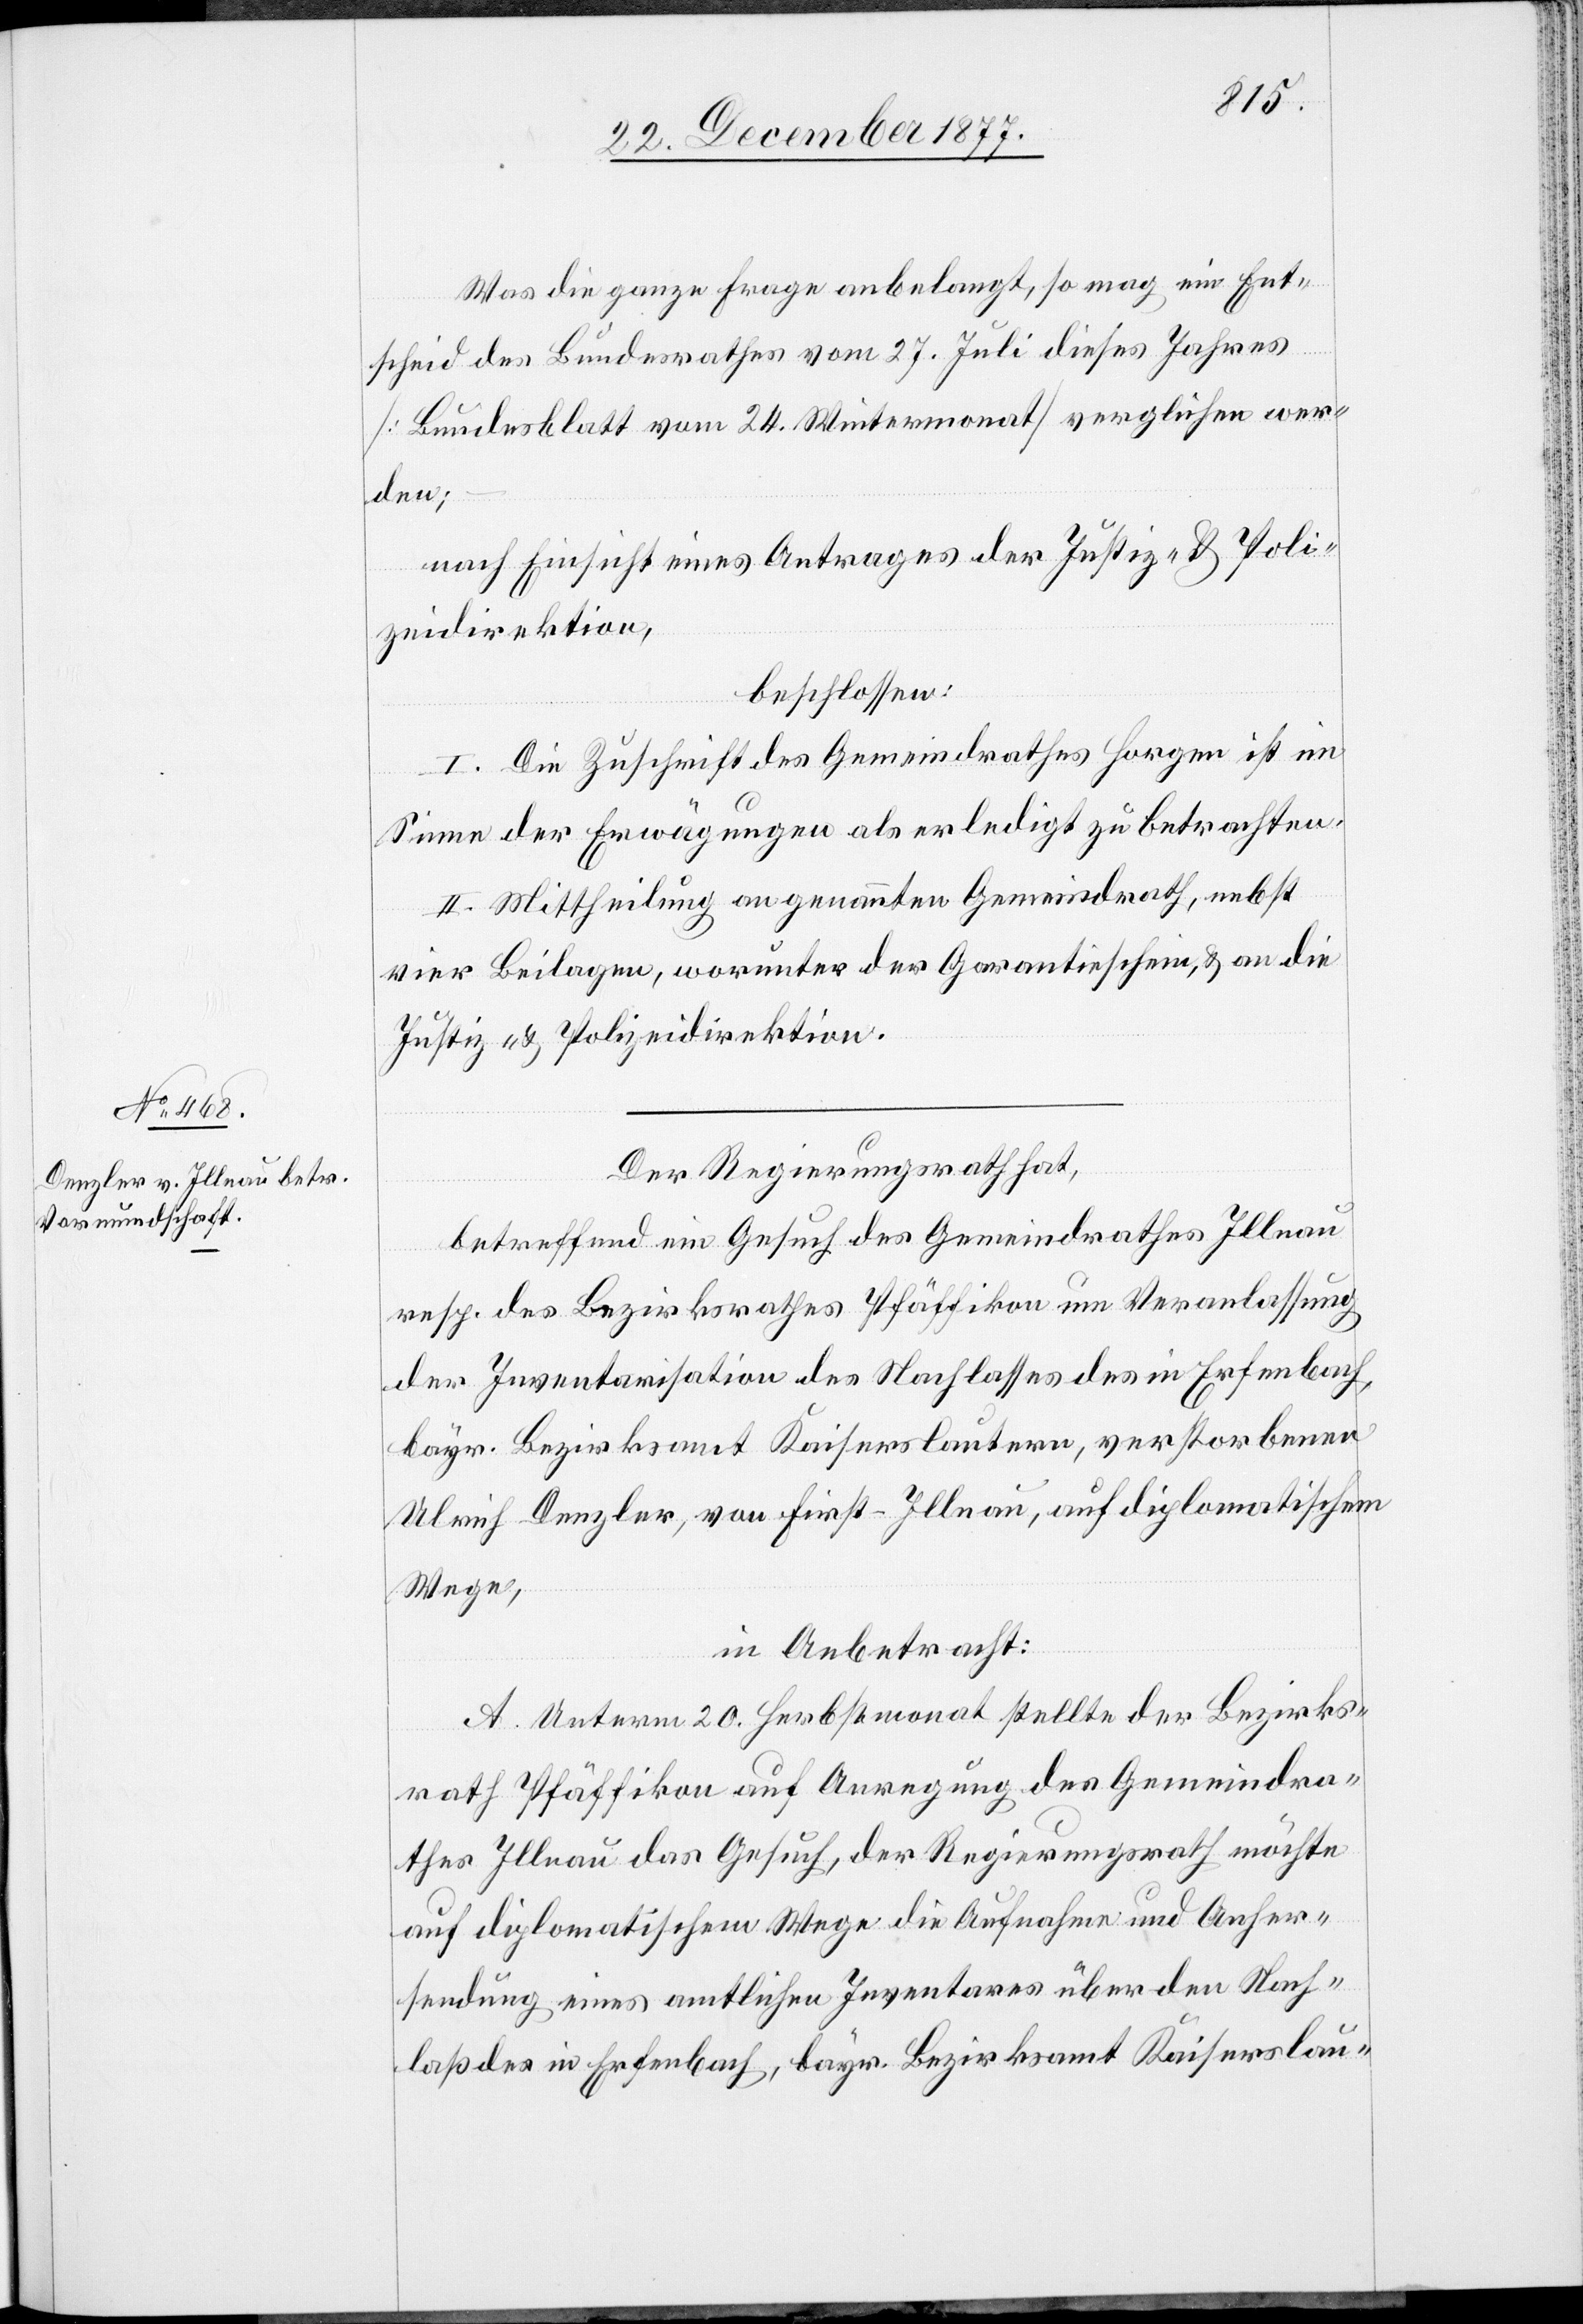
Was die ganze Frage anbelangt, so mag ein Ent¬
scheid des Bundesrathes vom 27. Juli dieses Jahres
[Bundesblatt vom 24. Wintermonat] verglichen wer¬
den;
nach Einsicht eines Antrages der Justiz- & Poli¬
zeidirektion,
beschlossen:
I. Die Zuschrift des Gemeindrathes Horgen ist im
Sinne der Erwägungen als erledigt zu betrachten.
II. Mittheilung an genannten Gemeindrath, nebst
vier Beilagen, worunter der Garantieschein, & an die
Justiz- & Polizeidirektion.
Der Regierungsrath hat,
betreffend ein Gesuch des Gemeindrathes Illnau
resp. des Bezirksrathes Pfäffikon um Veranlassung
der Inventarisation des Nachlasses des in Erfenbach,
bayr. Bezirksamt Kaiserslautern, verstorbenen
Ulrich Denzler, von First - Illnau, auf diplomatischem
Wege,
in Anbetracht:
A. Unterm 20. Herbstmonat stellte der Bezirks¬
rath Pfäffikon auf Anregung des Gemeindra¬
thes Illnau das Gesuch, der Regierungsrath möchte
auf diplomatischem Wege die Aufnahme und Anher¬
sendung eines amtlichen Inventares über den Nach¬
laß des in Erfenbach, bayr. Bezirksamt Kaiserslau-